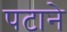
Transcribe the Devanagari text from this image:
पटाने